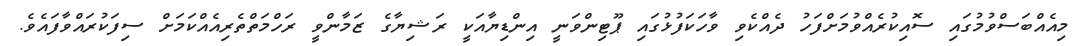
މިއެއްބަސްވުމުގައި ސޮއިކުރެއްވުމަށްފަހު ދެއްކެވި ވާހަކަފުޅުގައި ޕޫޓިންވަނީ އިންޑިޔާއަކީ ރަޝިޔާގެ ޒަމާންވީ ރަހްމަތްތެރިއެއްކަމަށް ސިފަކުރައްވާފައެވެ.